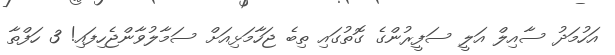
އަހުމަދު ސާއިލް އަލީ ސަފީރުންގެ ގޮތުގައި ތިބެ ޖަހާމަޅިއަށް ސަމާލުވާންޖެހިފައި! 3 ހަފްތާ